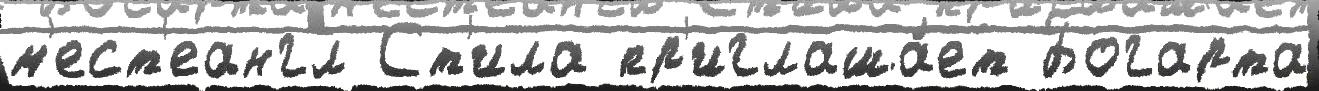
м'ест'еангл Ст'ила пр'иглаша́ет Богарта